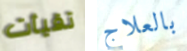
تقيأت بالعلاج